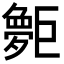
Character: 𪩨